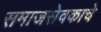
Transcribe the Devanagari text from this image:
समाजसेवकाचे